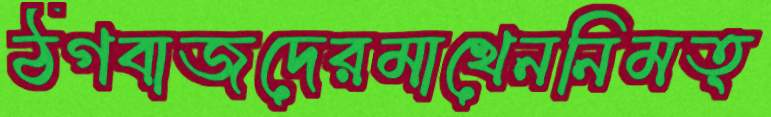
ঠগবাজদেরমাখেননিমত্